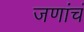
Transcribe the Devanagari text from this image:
जणांचं